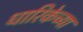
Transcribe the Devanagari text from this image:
धारिकेच्या